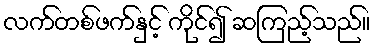
လက်တစ်ဖက်နှင့် ကိုင်၍ ဆကြည့်သည်။